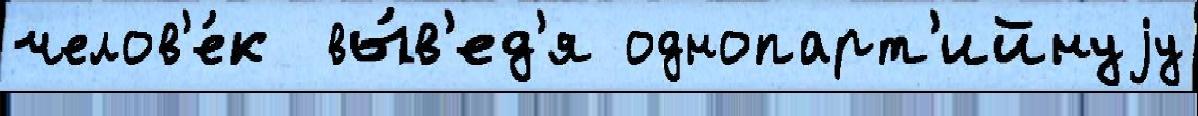
челов'е́к  вы́в'ед'я однопарт'ийнуjу